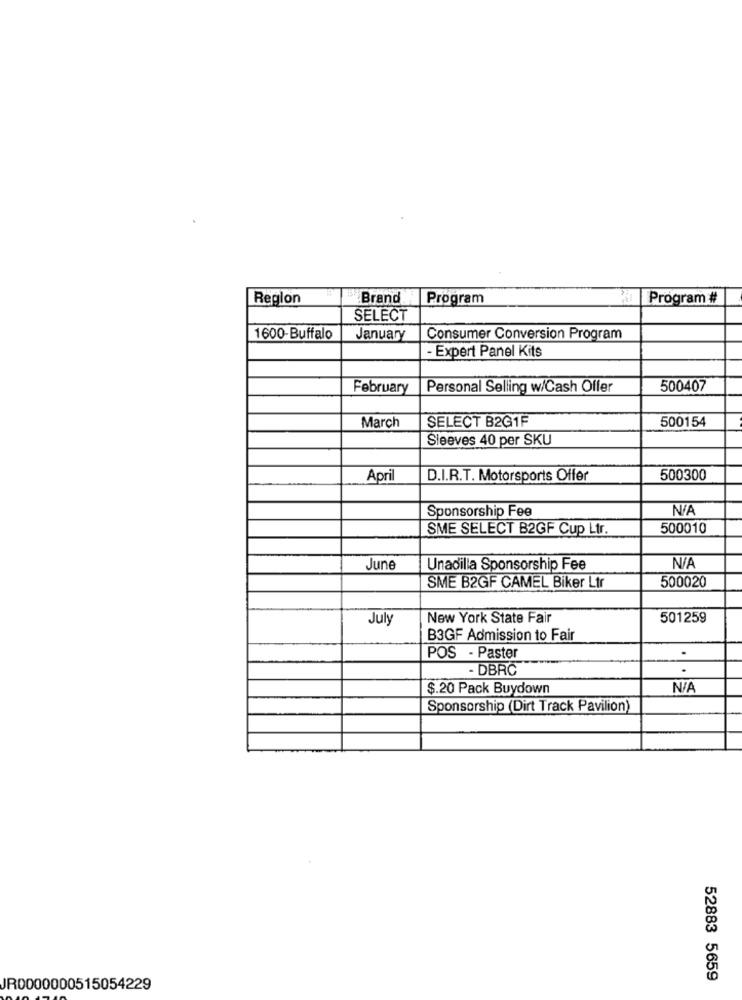
Region
Brand
Program
Program #
SELECT
1600-Buffalo
January
Consumer Conversion Program
- Expert Panel Kits
February
Personal Selling w/Cash Offer
500407
SELECT B2G1F
500154
March
Sleeves 40 per SKU
April
D.I.R.T. Motorsports Offer
500300
Sponsorship Fee
SME SELECT B2GF Cup Ltr.
500010
June
Unadilla Sponsorship Fee
SME B2GF CAMEL Biker Ltr
500020
July
New York State Fair
501259
B3GF Admission to Fair
POS - Paster
- DBRC
.
$.20 Pack Buydown
Sponsorship (Dirt Track Pavilion)
52883 5659
JR0000000515054229